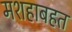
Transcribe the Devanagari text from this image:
मशहाबहत